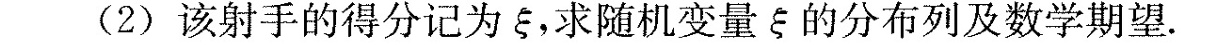
(2)该射手的得分记为ξ，求随机变量ξ的分布列及数学期望。